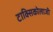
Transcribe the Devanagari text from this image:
टाक्सिकोलाजी